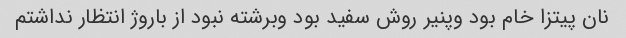
نان پیتزا خام بود وپنیر روش سفید بود وبرشته نبود از باروژ انتظار نداشتم